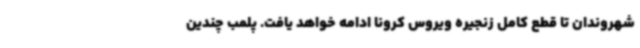
شهروندان تا قطع کامل زنجیره ویروس کرونا ادامه خواهد یافت. پلمب چندین